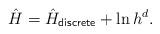
LaTeX: \begin{align*}\hat{H} =\hat{H}_{\mathsf{discrete}}+ \ln h^d.\end{align*}